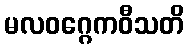
မလဝဂ္ဂေကဝီသတိ